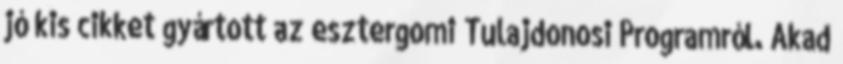
jó kis cikket gyártott az esztergomi Tulajdonosi Programról. Akad